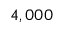
4 , 0 0 0